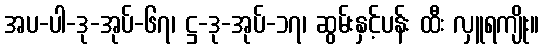
အပ-ပါ-ဒု-အုပ်-၆၇၊ ဋ္ဌ-ဒု-အုပ်-၁၇၊ ဆွမ်းနှင့်ပန်း ထီး လှူရကျိုး။